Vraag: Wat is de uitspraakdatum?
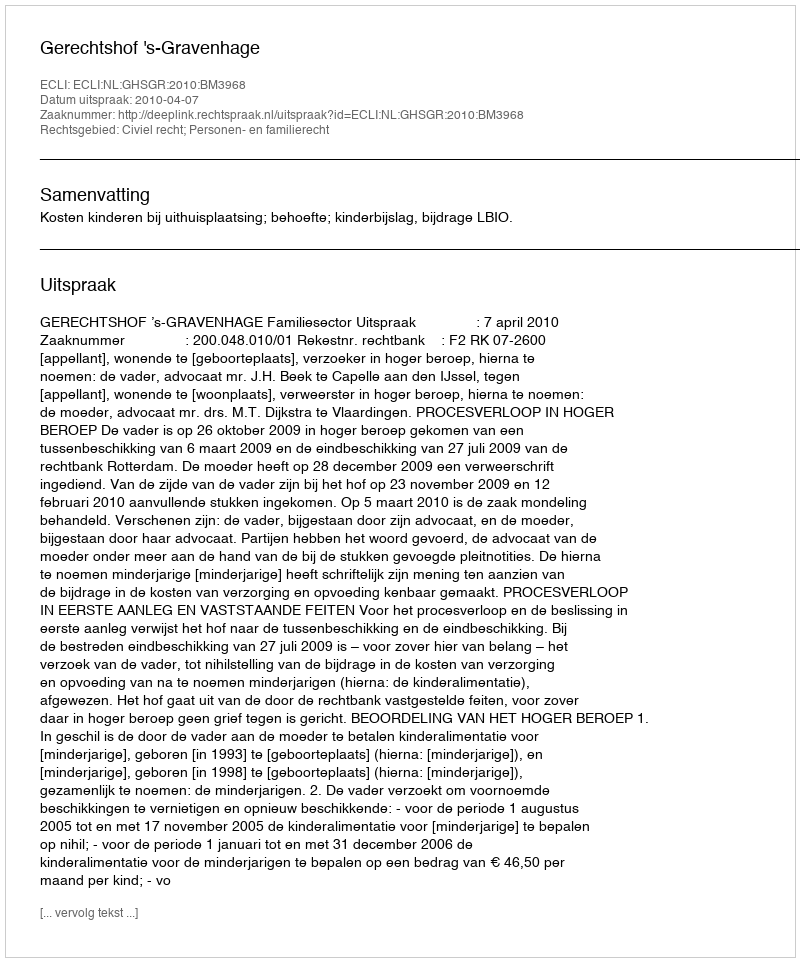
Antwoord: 2010-04-07